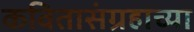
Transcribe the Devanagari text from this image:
कवितासंग्रहाच्या